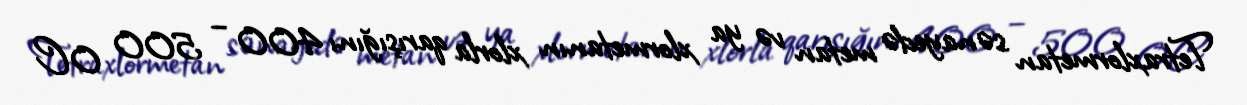
Tetraxlormetan sənayedə metan və ya xlormetanın xlorla qarışığını 400 – 500 0C